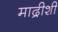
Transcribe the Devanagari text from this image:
माद्रीशी